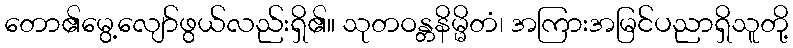
တော၏မွေ့လျော်ဖွယ်လည်းရှိ၏။ သုတဝန္တနိမ္မိတံ၊ အကြားအမြင်ပညာရှိသူတို့